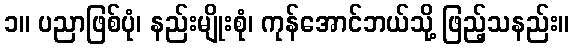
၁။ ပညာဖြစ်ပုံ၊ နည်းမျိုးစုံ၊ ကုန်အောင်ဘယ်သို့ ဖြည့်သနည်း။